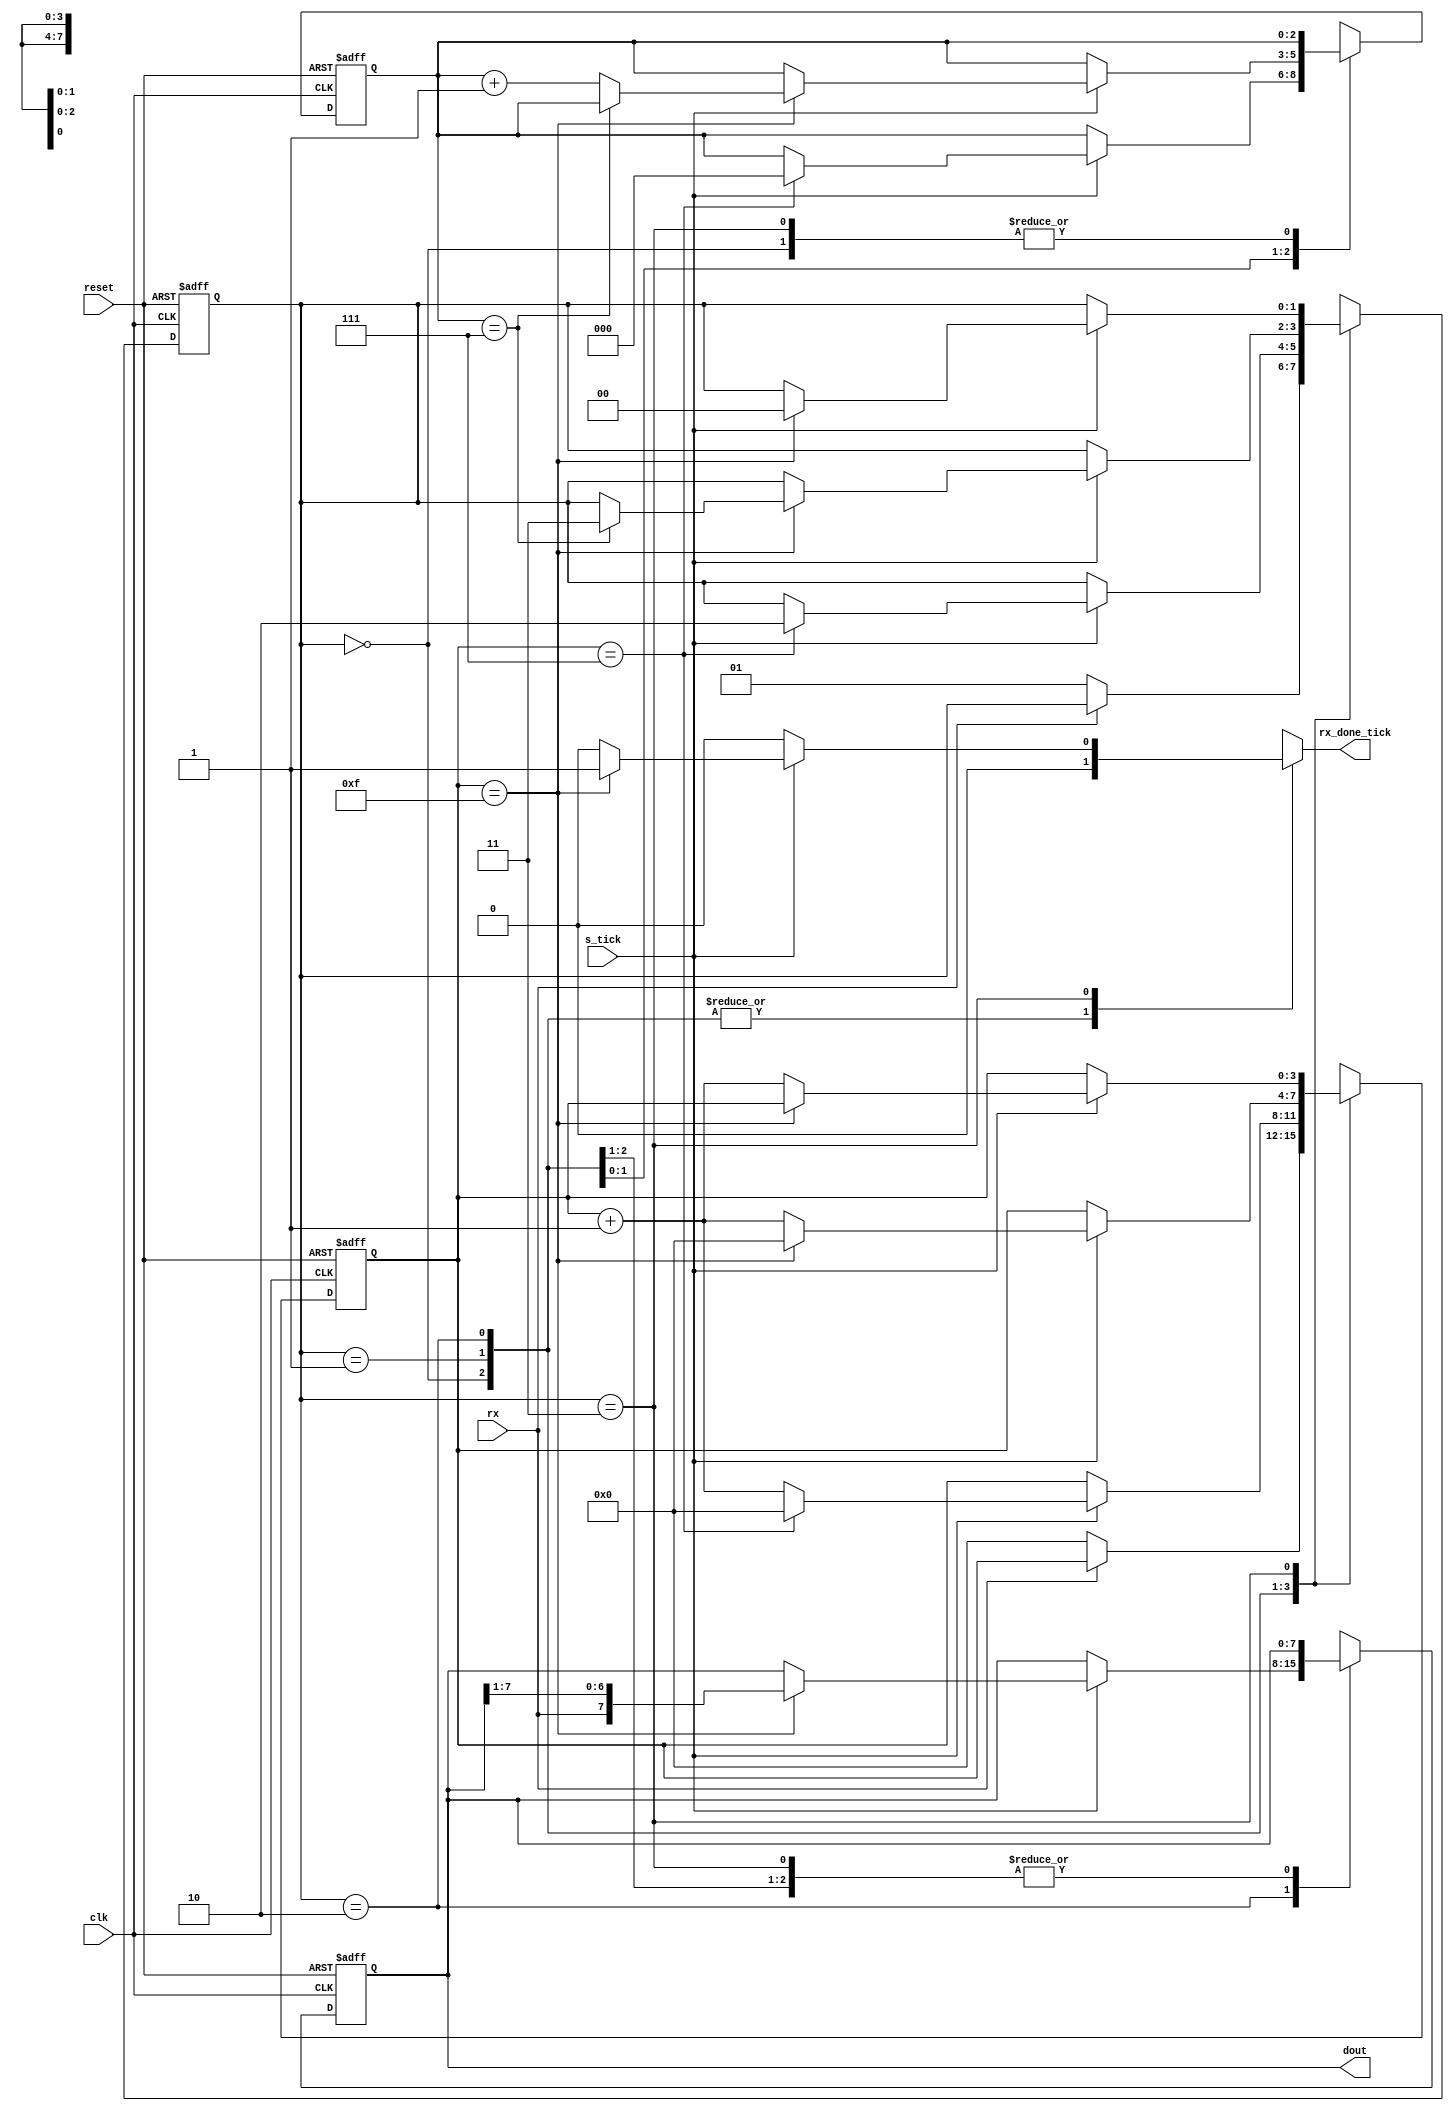
`timescale 1ns / 1ps
//////////////////////////////////////////////////////////////////////////////////
// 
// Design Name: 
// Module Name:    uart_rx 
// Project Name:   MiniMoog Synth simulator
// Target Devices: Spartan 6
// Tool versions:  ISE 14.4
//
// Description:    UART receiver design sourced from book 'FPGA Prototyping by Verilog Examples' by Pong Chu.
//                 ISBN 9780470185322.
//
// Dependencies: 
//
// Revision: 
// Revision 0.01 - File Created
// Additional Comments: 
//
//////////////////////////////////////////////////////////////////////////////////

module uart_rx
	#(
		parameter DBIT = 8,		// # data bits
					 SB_TICK = 16	// # ticks for stop bit
	)
	(
    input clk,
    input reset,
    input rx,
    input s_tick,
    output reg rx_done_tick,
    output [7:0] dout
    );

	// Symbolic state declaration
	localparam [1:0] 
		IDLE	= 2'b00,
		START	= 2'b01,
		DATA	= 2'b10,
		STOP	= 2'b11;
		
	// signal declaration
	reg [1:0] state_reg, state_next;
	reg [3:0] s_reg, s_next;		// counter, #s_ticks, 7 in START, 15 in DATA
	reg [2:0] n_reg, n_next;		// counter, # of data bits in DATA state
	reg [7:0] b_reg, b_next;		// shifted data bits
	
	// body
	// FSMD state & data registers
	always @(posedge clk, posedge reset)
		if (reset)
			begin
				state_reg <= IDLE;
				s_reg <= 0;
				n_reg <= 0;
				b_reg <= 0;
			end
		else
			begin
				state_reg <= state_next;
				s_reg <= s_next;
				n_reg <= n_next;
				b_reg <= b_next;
			end
			
	// FSMD next-state logic
	always @*
	begin
		state_next = state_reg;
		rx_done_tick = 1'b0;
		s_next = s_reg;
		n_next = n_reg;
		b_next = b_reg;
		
		case (state_reg)
			IDLE:
				if (~rx)
					begin
						state_next = START;
						s_next = 0;
					end
			START:
				if (s_tick)
					if (s_reg == 7)
						begin
							state_next = DATA;
							s_next = 0;
							n_next = 0;
						end
					else
						s_next = s_reg + 1;
			DATA:
				if (s_tick)
					if (s_reg == 15)
						begin
							s_next = 0;
							b_next = {rx, b_reg[7:1]};
							if (n_reg == (DBIT-1))
								state_next = STOP;
							else
								n_next = n_reg + 1;
						end
					else
						s_next = s_reg + 1;
			STOP:
				if (s_tick)
					if (s_reg ==(SB_TICK-1))
						begin
							state_next = IDLE;
							rx_done_tick = 1'b1;
						end
					else
						s_next = s_reg + 1;
		endcase
	end
	
	// output
	assign dout = b_reg;
	
endmodule